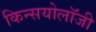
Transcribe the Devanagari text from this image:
किन्सयोलॉजी